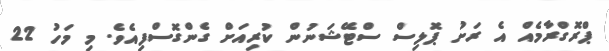
ޕްރޮގްރާމެއް އެ ރަށު ޕޮލިސް ސްޓޭޝަނުން ކުރިއަށް ގެންގޮސްފިއެވެ. މި މަހު 22